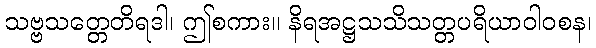
သဗ္ဗသတ္တေတိရဒါ၊ ဤစကား။ နိရအဋ္ဌသသိသတ္တပရိယာဝါဝစန၊